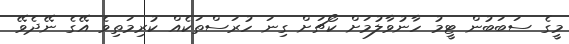
މީގެ ސަބަބުން ޓީމު ހާނުވާލުމަށް ކޯޗަށް ގިނަ ހުރަސްތަކެއް ކުރިމަތިވެ އޭގެ ނޭދެވޭ